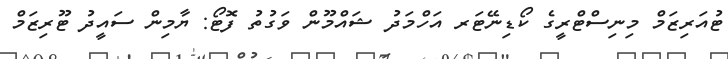
ޓުއަރިޒަމް މިނިސްޓްރީގެ ކޯޑިނޭޓަރ އަހްމަދު ޝައްމޫން ވަގުތު ފޮޓޯ: ޔާމިން ސައީދު ޓޫރިޒަމް